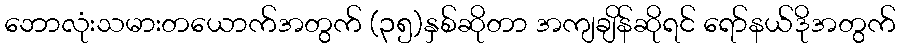
ဘောလုံးသမားတယောက်အတွက် (၃၅)နှစ်ဆိုတာ အကျချိန်ဆိုရင် ရော်နယ်ဒိုအတွက်